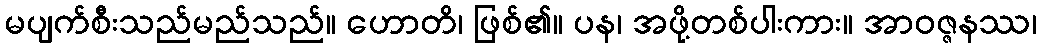
မပျက်စီးသည်မည်သည်။ ဟောတိ၊ ဖြစ်၏။ ပန၊ အဖို့တစ်ပါးကား။ အာဝဇ္ဇနဿ၊